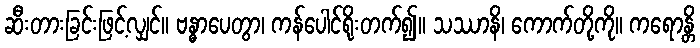
ဆီးတားခြင်းဖြင့်လျှင်။ ဗန္ဓာပေတွာ၊ ကန်ပေါင်ရိုးတက်၍။ သဿာနိ၊ ကောက်တို့ကို။ ကရောန္တိ